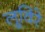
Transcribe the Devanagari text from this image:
लूविरे